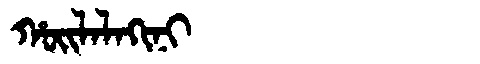
Manchu: ᡥᠣᡳᠯᠠᠯᠠᡴᡳᠨᡳ
Romanization: HOILALAKINI